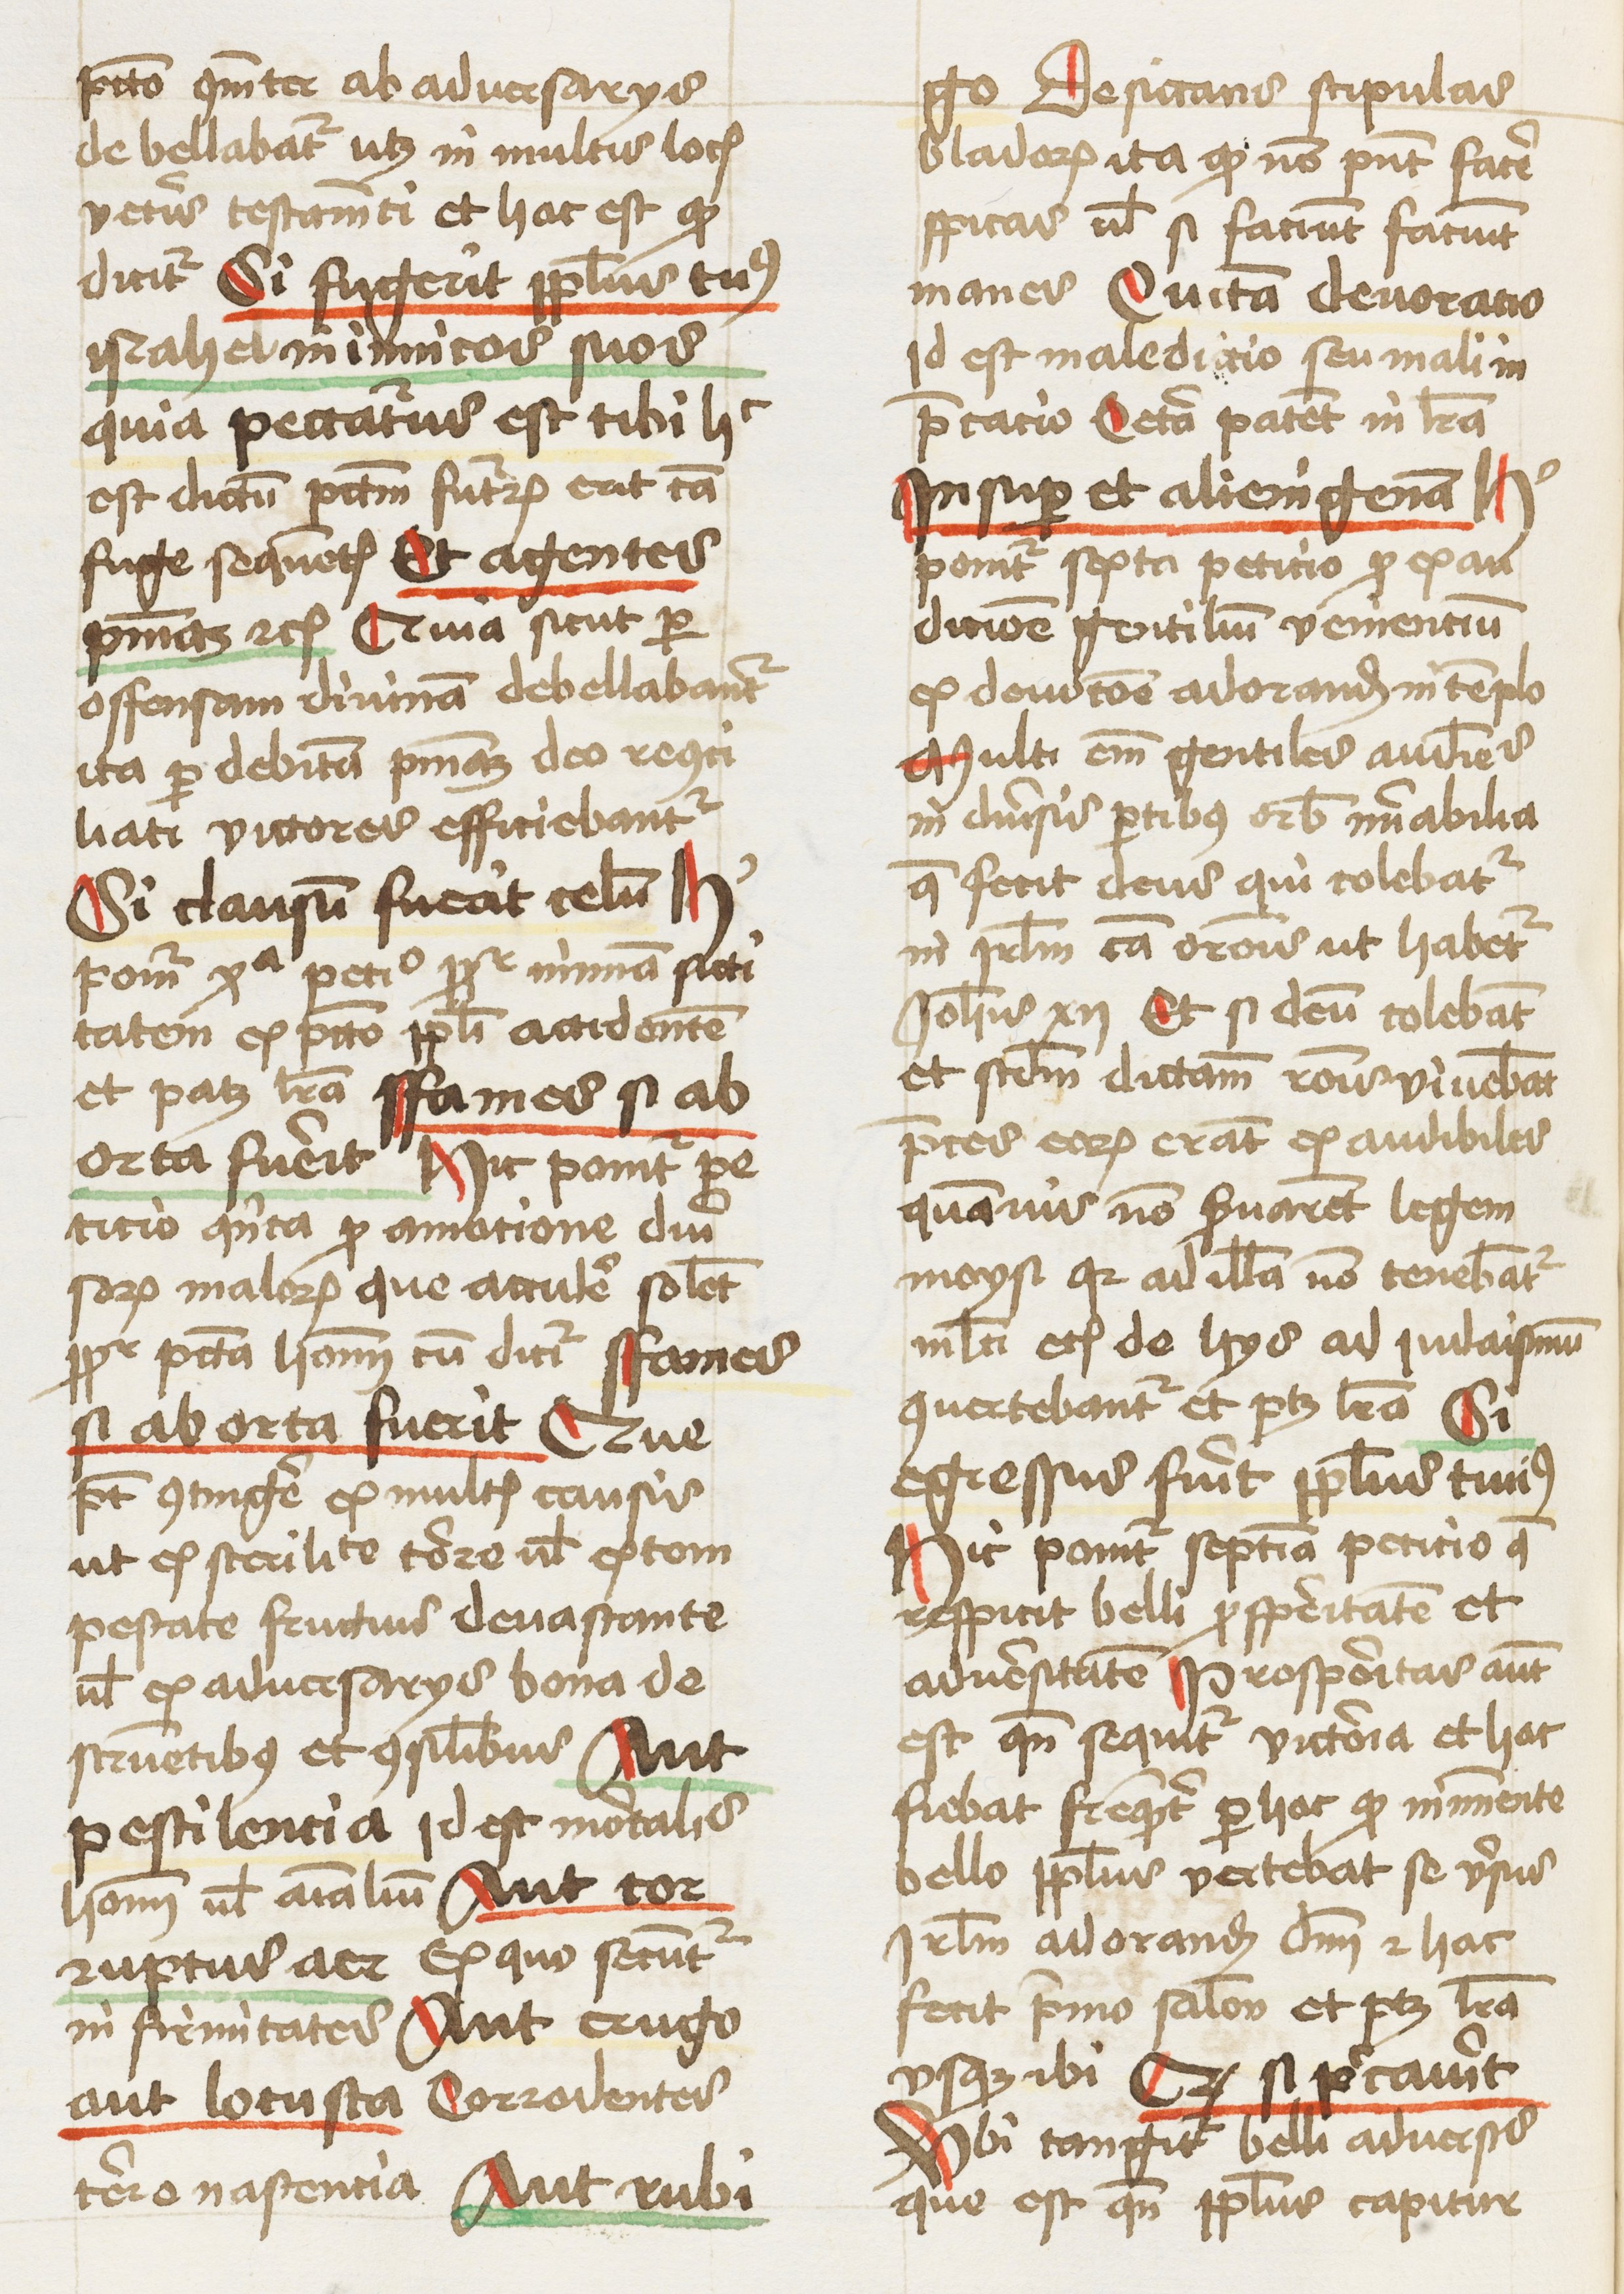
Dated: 1460–1462